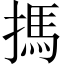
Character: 𢲫